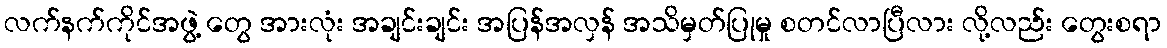
လက်နက်ကိုင်အဖွဲ့ တွေ အားလုံး အချင်းချင်း အပြန်အလှန် အသိမှတ်ပြုမှု စတင်လာပြီလား လို့လည်း တွေးစရာ